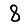
Digit: 8